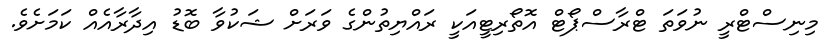
މިނިސްޓްރީ ނުވަތަ ޓްރާސްޕޯޓް އޮތޯރިޓީއަކީ ރައްޔިތުންގެ ވަރަށް ޝަކުވާ ބޮޑު އިދާރާއެއް ކަމަށެވެ.